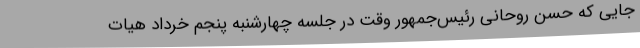
جایی که حسن روحانی رئیس‌جمهور وقت در جلسه چهارشنبه پنجم خرداد هیات